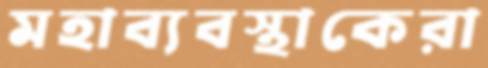
মহাব্যবস্থাকেরা